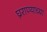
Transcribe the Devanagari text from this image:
घ्रराण्याच्या